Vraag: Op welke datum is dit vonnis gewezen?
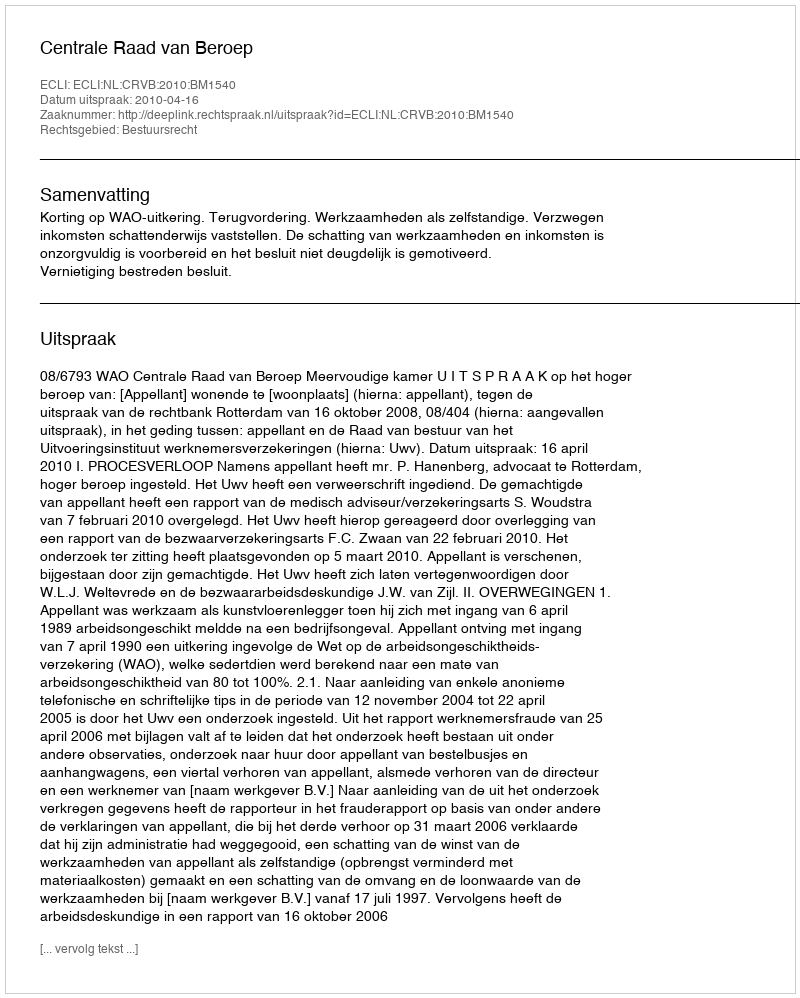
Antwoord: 2010-04-16